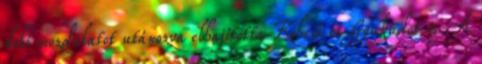
dobó mozdulatot utánozva elhajította Koheit és Gyukudot is. A